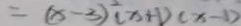
= ( x - 3 ) ^ { 2 } ( x + 1 ) ( x - 1 )